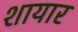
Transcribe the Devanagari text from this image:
शायार